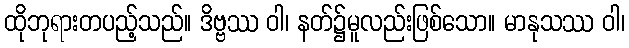
ထိုဘုရားတပည့်သည်။ ဒိဗ္ဗဿ ဝါ၊ နတ်၌မူလည်းဖြစ်သော။ မာနုသဿ ဝါ၊